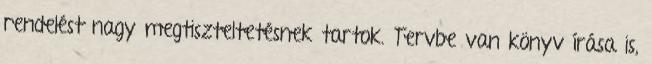
rendelést nagy megtiszteltetésnek tartok. Tervbe van könyv írása is,